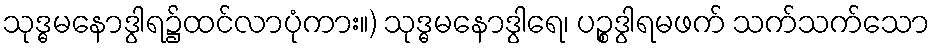
သုဒ္ဓမနောဒွါရ၌ထင်လာပုံကား။) သုဒ္ဓမနောဒွါရေ၊ ပဉ္စဒွါရမဖက် သက်သက်သော